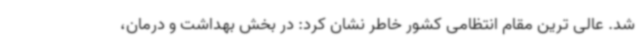
شد. عالی ترین مقام انتظامی کشور خاطر نشان کرد: در بخش بهداشت و درمان،